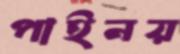
পাইনয়